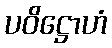
ပဝိဋ္ဌောဟံ